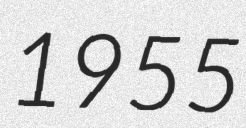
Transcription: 1955